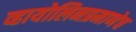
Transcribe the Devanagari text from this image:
व्हायोलिनप्रमाणेच